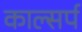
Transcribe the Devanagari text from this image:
काल्सर्प